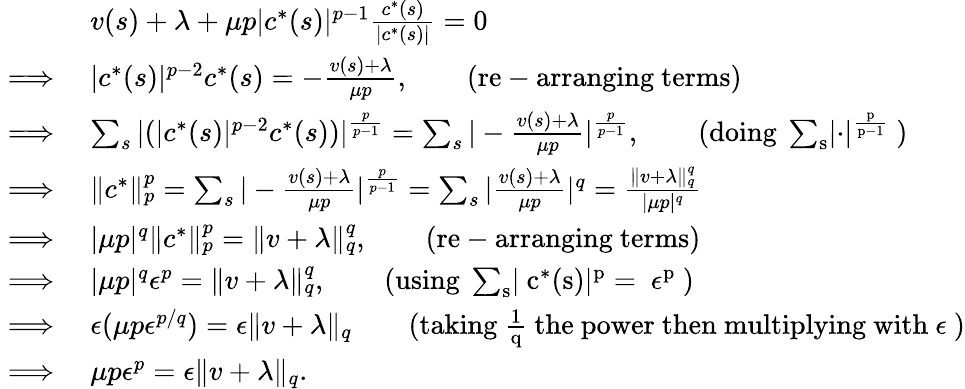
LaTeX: \begin{array}{rl}&{v(s)+\lambda+\mu p\lvert c^{*}(s)\rvert^{p-1}\frac{c^{*}(s)}{\lvert c^{*}(s)\rvert}=0}\\ {\implies}&{\lvert c^{*}(s)\rvert^{p-2}c^{*}(s)=-\frac{v(s)+\lambda}{\mu p},\qquad\mathrm{(re-arranging~terms)}}\\ {\implies}&{\sum_{s}|(\lvert c^{*}(s)\rvert^{p-2}c^{*}(s))|^{\frac{p}{p-1}}=\sum_{s}|-\frac{v(s)+\lambda}{\mu p}|^{\frac{p}{p-1}},\qquad\mathrm{(doing~\sum_s\lvert\cdot\rvert^\frac{p}{p-1}~)}}\\ {\implies}&{\lVert c^{*}\rVert_{p}^{p}=\sum_{s}|-\frac{v(s)+\lambda}{\mu p}|^{\frac{p}{p-1}}=\sum_{s}|\frac{v(s)+\lambda}{\mu p}|^{q}=\frac{\lVert v+\lambda\rVert_{q}^{q}}{|\mu p|^{q}}}\\ {\implies}&{|\mu p|^{q}\lVert c^{*}\rVert_{p}^{p}=\lVert v+\lambda\rVert_{q}^{q},\qquad\mathrm{(re-arranging~terms)}}\\ {\implies}&{|\mu p|^{q}\epsilon^{p}=\lVert v+\lambda\rVert_{q}^{q},\qquad\mathrm{(using~\sum_{s}\lvert~c^*(s)\rvert^p=~\epsilon^p~)}}\\ {\implies}&{\epsilon(\mu p\epsilon^{p/q})=\epsilon\lVert v+\lambda\rVert_{q}\qquad\mathrm{(taking~\frac{1}{q}~the~power~then~multiplying~with~\epsilon~)}}\\ {\implies}&{\mu p\epsilon^{p}=\epsilon\lVert v+\lambda\rVert_{q}.}\end{array}